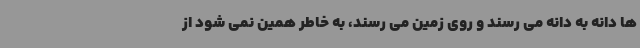
ها دانه به دانه می رسند و روی زمین می رسند، به خاطر همین نمی شود از